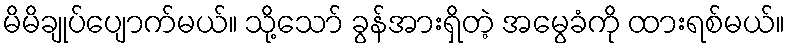
မိမိချုပ်ပျောက်မယ်။ သို့သော် ခွန်အားရှိတဲ့ အမွေခံကို ထားရစ်မယ်။